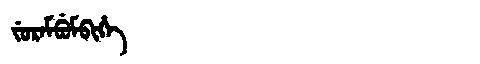
Manchu: ᠵᡠᡵᠠᠮᠪᡠᠮᠪᡳᡥᡝ
Romanization: JURAMBUMBIHE